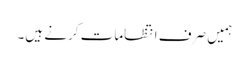
ہمیں صرف انتظامات کرنے ہیں۔